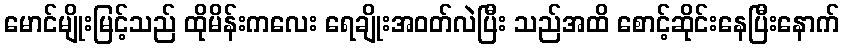
မောင်မျိုးမြင့်သည် ထိုမိန်းကလေး ရေချိုးအဝတ်လဲပြီး သည်အထိ စောင့်ဆိုင်းနေပြီးနောက်